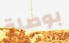
بوصلة